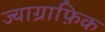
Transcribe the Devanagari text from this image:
ज्याग्राफ़िक